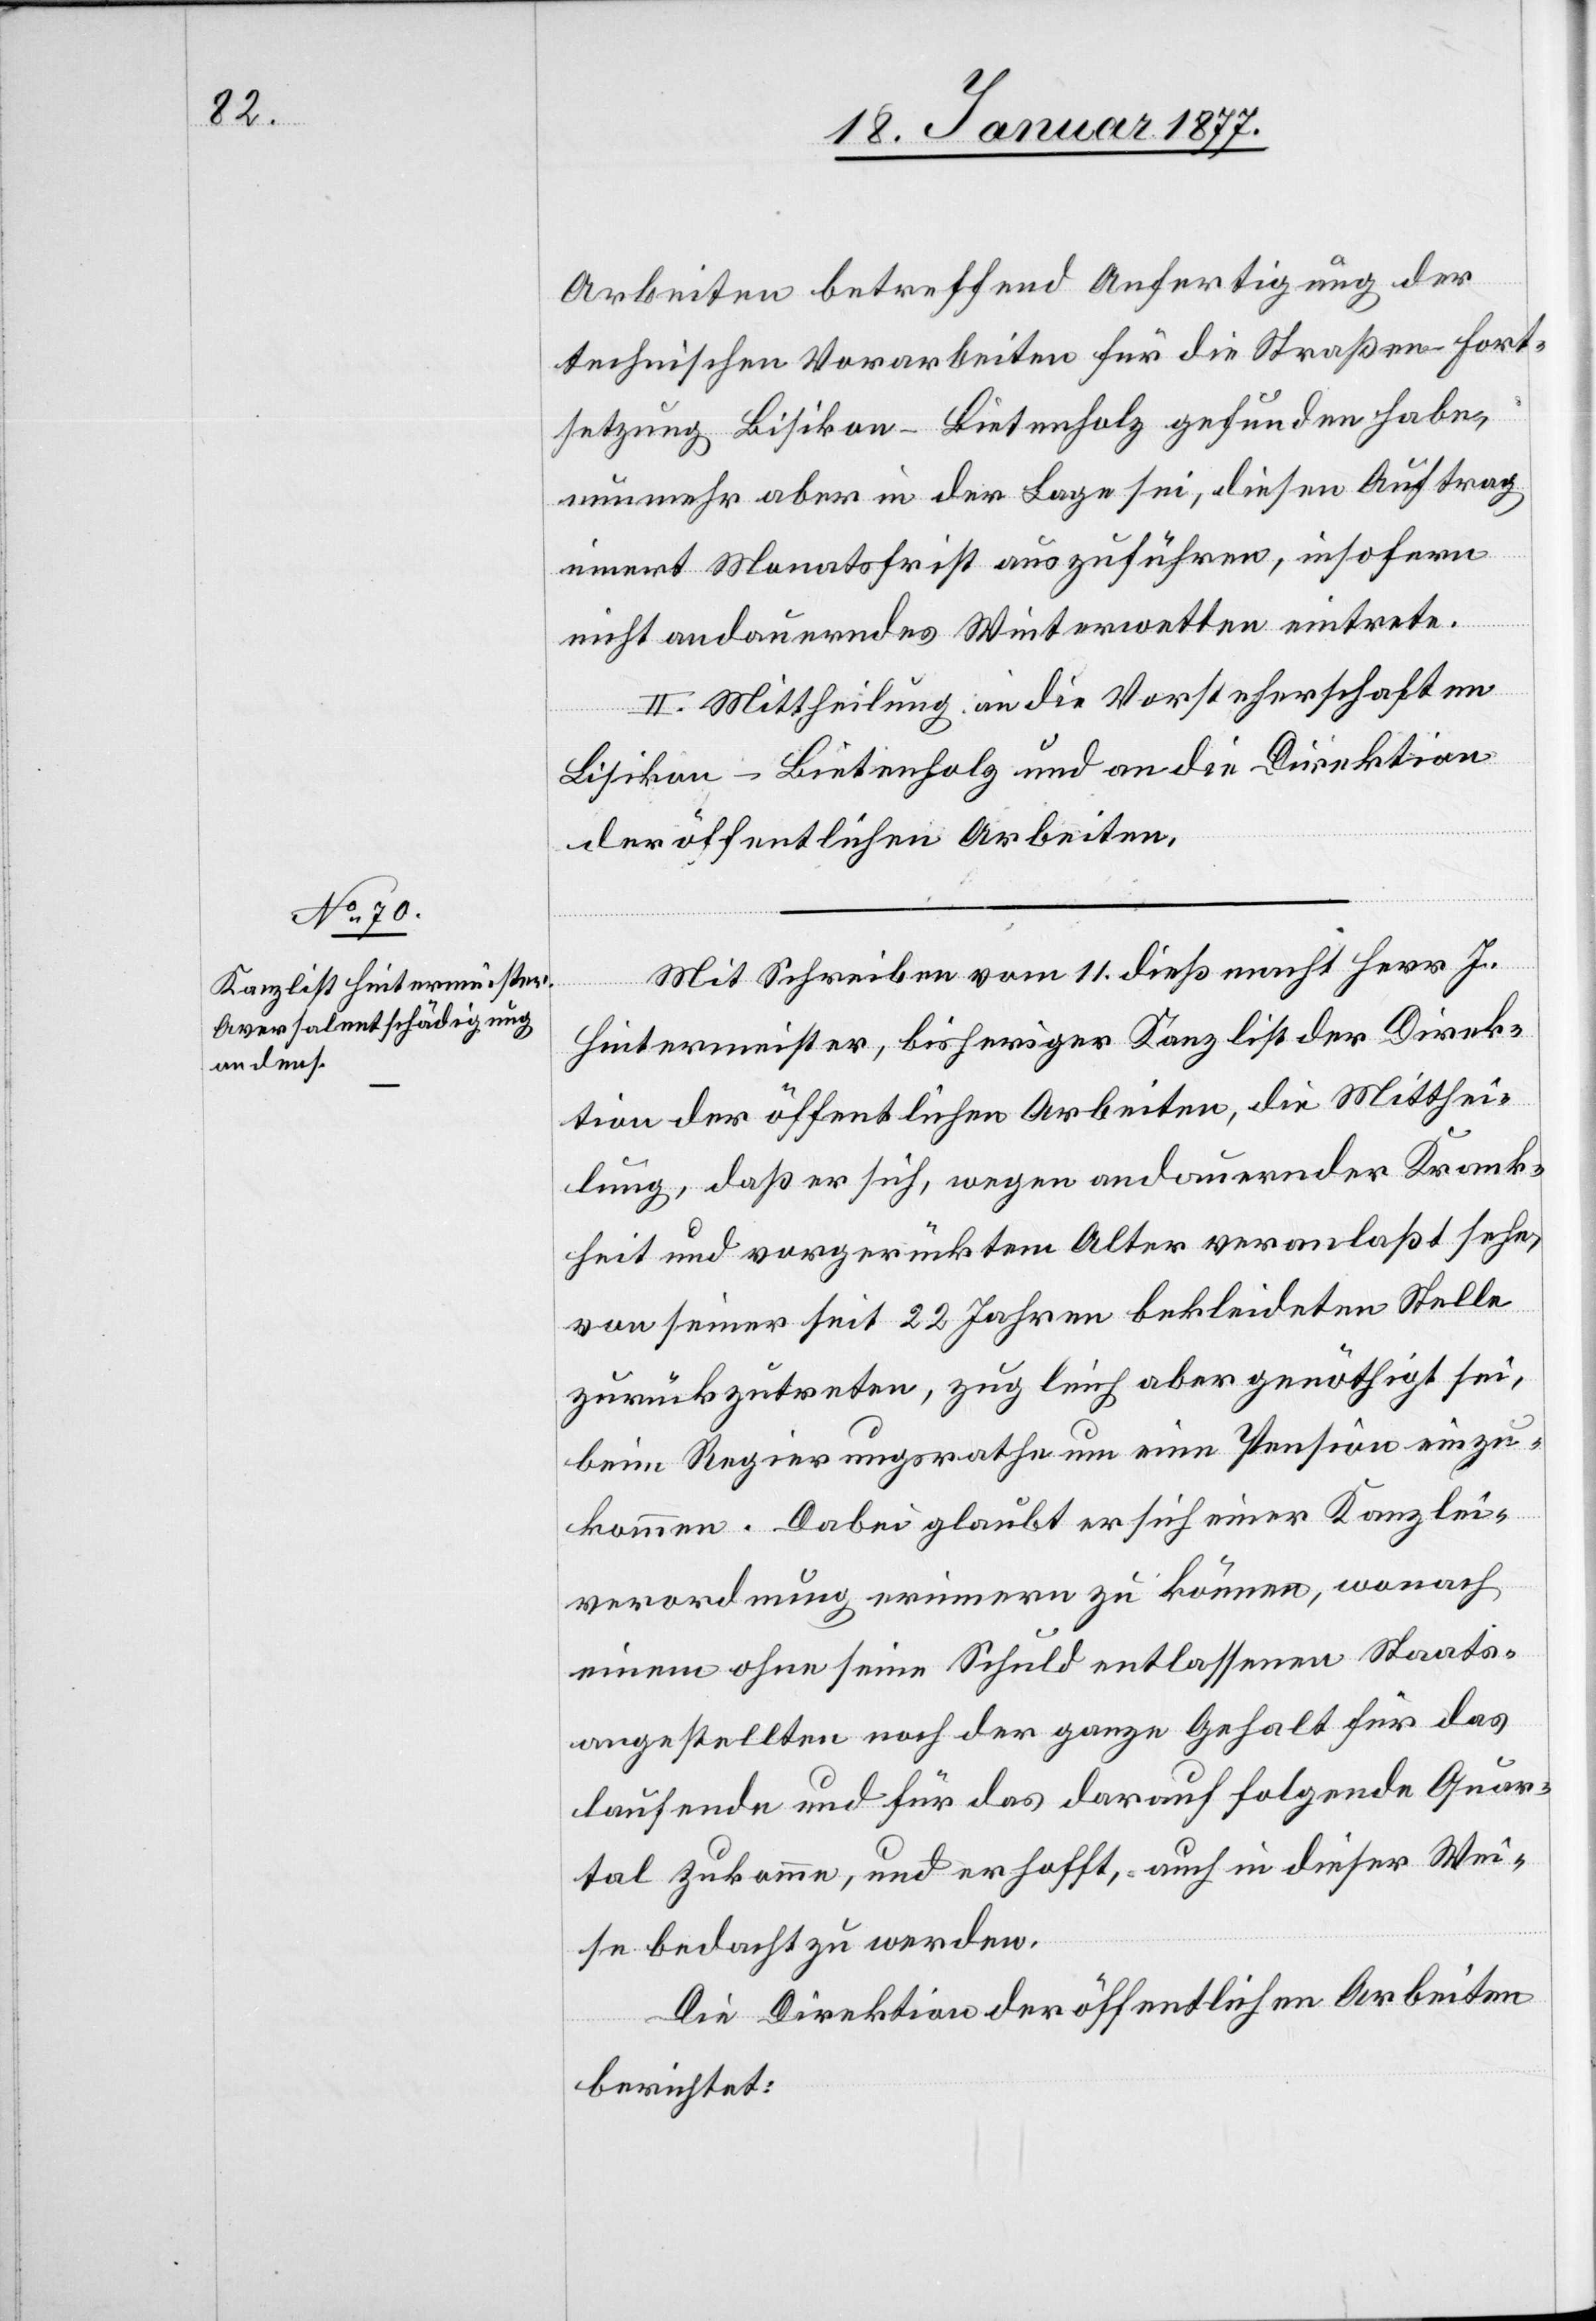
Arbeiten betreffend Anfertigung der
technischen Vorarbeiten für die Straßen-Fort¬
setzung Bisikon–Bietenholz gefunden habe,
nunmehr aber in der Lage sei, diesen Auftrag
innert Monatsfrist auszuführen, insofern
nicht andauerndes Winterwetten [sic!] eintrete.
II. Mittheilung an die Vorsteherschaften
Bisikon-Bietenholz und an die Direktion
der öffentlichen Arbeiten.
Mit Schreiben vom 11. dieß macht Herr J.
Hintermeister, bisheriger Kanzlist der Direk¬
tion der öffentlichen Arbeiten, die Mitthei¬
lung, daß er sich, wegen andauernder Krank¬
heit und vorgerücktem Alter veranlaßt sehe,
von seiner seit 22 Jahren bekleideten Stelle
zurückzutreten, zugleich aber genöthigt sei,
beim Regierungsrathe um eine Pension einzu¬
kommen. Dabei glaubt er sich einer Kanzlei¬
verordnung erinnern zu können, wonach
einem ohne seine Schuld entlassenen Staats¬
angestellten noch der ganze Gehalt für das
laufende und für das darauf folgende Quar¬
tal zukomme, und er hofft, auch in dieser Wei¬
se bedacht zu werden.
Die Direktion der öffentlichen Arbeiten
berichtet: